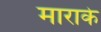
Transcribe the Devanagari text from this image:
माराके